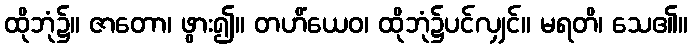
ထိုဘုံ၌။ ဇာတော၊ ဖွား၍။ တဟိံယေဝ၊ ထိုဘုံ၌ပင်လျှင်။ မရတိ၊ သေ၏။